Document type: Anniversary endowment
Year: 1486
Scribe: Bartomeu Masons
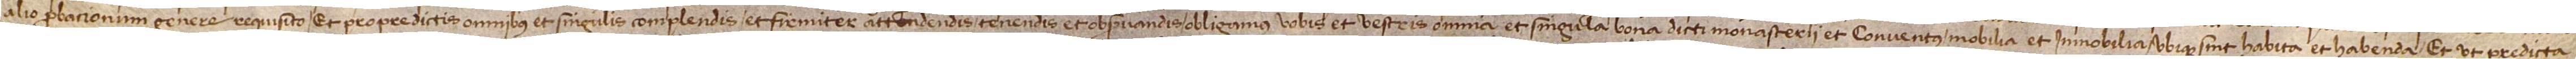
alio probacionum genere requisito. Et pro predictis omnibus et singulis complendis et firmiter attendendis, tenendis et observandis obligamus vobis et vestris omnia et singula bona dicti monasterii et conventus, mobilia et immobilia ubique sint, habita et habenda. Et ut predicta